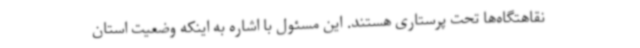
نقاهتگاه‌ها تحت پرستاری هستند. این مسئول با اشاره به اینکه وضعیت استان